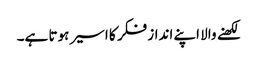
لکھنے والا اپنے انداز فکر کا اسیر ہوتا ہے۔